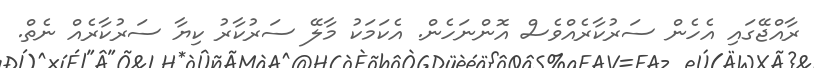
ރާއްޖޭގައި އެހެން ސަރުކާރެއްވެސް އޮންނަހެން. އެކަމަކު މާލޭ ސަރުކާރު ކިޔާ ސަރުކާރެއް ނެތް.